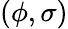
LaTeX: (\phi,\sigma)